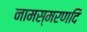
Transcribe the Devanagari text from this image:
नामस्मरणदि